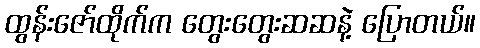
ထွန်းဇော်ထိုက်က တွေးတွေးဆဆနဲ့ ပြောတယ်။